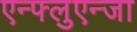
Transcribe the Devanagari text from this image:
एन्फ्लुएन्जा